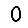
Digit: 0